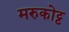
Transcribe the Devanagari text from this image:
मरुकोट्ट